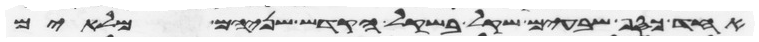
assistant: אחד כסף שבעים שקל בשקל הקדש שניהם מלאים